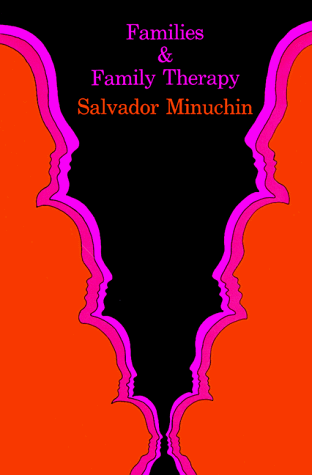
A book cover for Families and Family Therapy; Salvador Minuchin; Health, Fitness & Dieting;